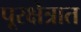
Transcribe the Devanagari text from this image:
पूरक्षेत्रात